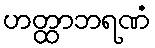
ဟတ္ထာဘရဏံ